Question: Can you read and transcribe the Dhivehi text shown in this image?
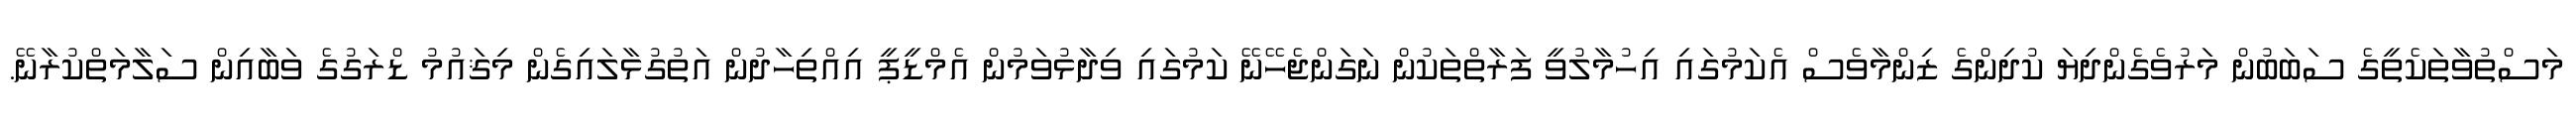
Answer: މަސްތުވާތަކެތީގެ ސަބަބުން މަރުވެގެންދިޔަ ކުދިންގެ ޒިންމާވެސް އެކަމުގައި އިހުމާލުވީ ފަރާތްތަކުން ނަގަންޖެހޭނޭ ކަމުގައި ވިދާޅުވަމުން އެމްޑީޕީ އިއްތިހާދުން އަތުގުޅާލައިގެން މިޤައުމު ޑްރަގުގެ ވަބާއިން ސަލާމަތްކުރާނޭ.